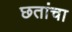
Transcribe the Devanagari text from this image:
छतांचा